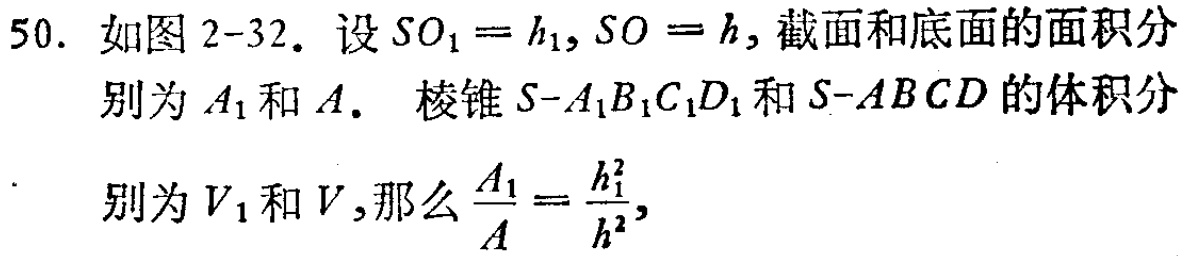
50. 如图2-32. 设\(SO_{1}=h_{1},SO = h\), 截面和底面的面积分别为\(A_{1}\)和\(A\). 棱锥\(S - A_{1}B_{1}C_{1}D_{1}\)和\(S - ABCD\)的体积分别为\(V_{1}\)和\(V\),那么\(\frac{A_{1}}{A}=\frac{h_{1}^{2}}{h^{2}}\),